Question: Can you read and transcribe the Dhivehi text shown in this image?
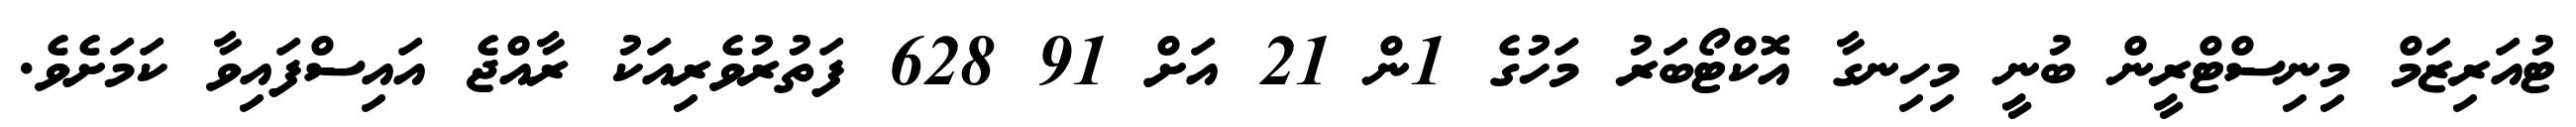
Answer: ޓުއަރިޒަމް މިނިސްޓްރީން ބުނީ މިހިނގާ އޮކްޓޯބަރު މަހުގެ 1ން 21 އަށް 91 628 ފަތުރުވެރިއަކު ރާއްޖެ އައިސްފައިވާ ކަމަށެވެ.